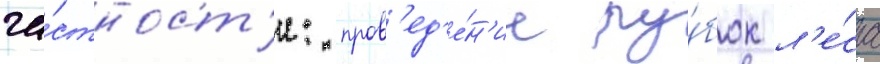
ча́стност'и: пров'ед'е́н'ие ру́бок л'е́са